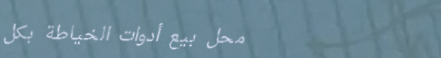
محل بيع أدوات الخياطة بكل